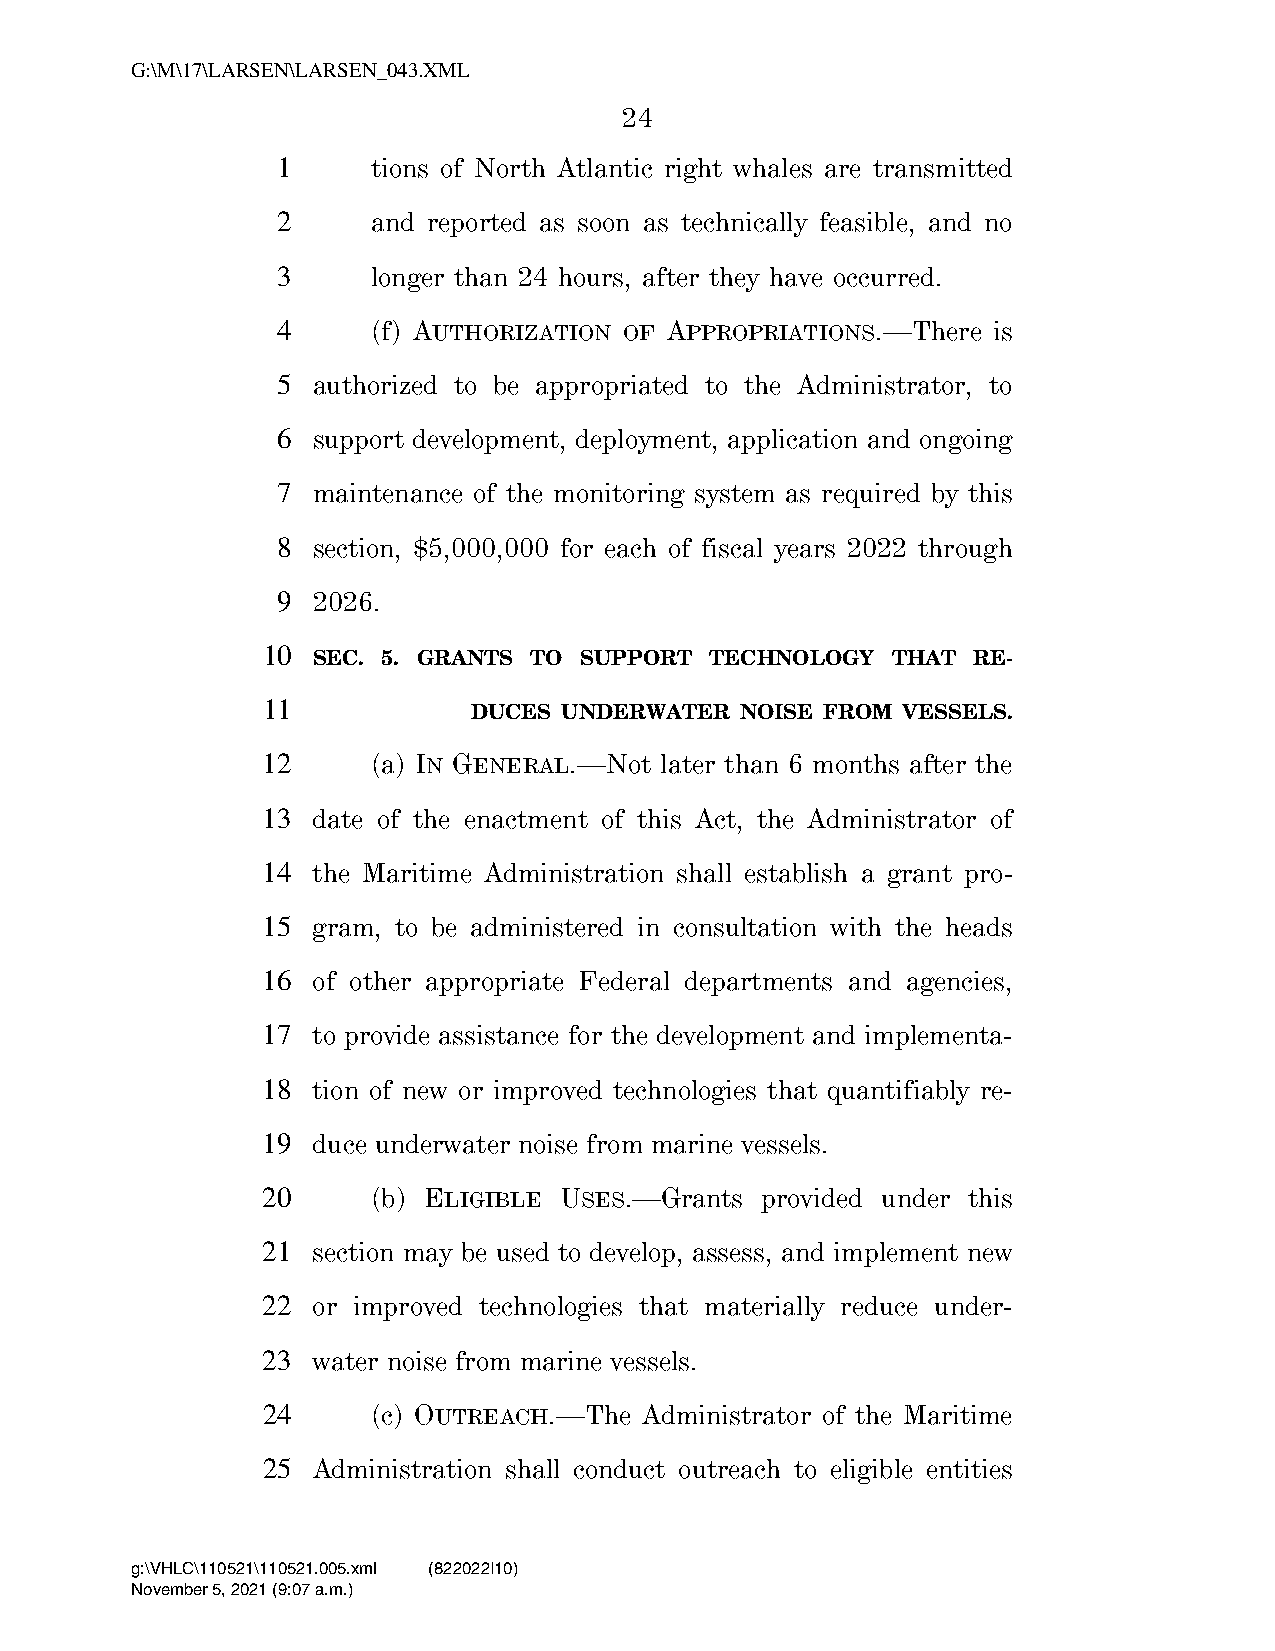
G:\M\17\LARSEN\LARSEN_043.XML
 24
 1      tions of North Atlantic right whales are transmitted
 2      and reported as soon as technically feasible, and no
 3      longer than 24 hours, after they have occurred.
 4      (f) AUTHORIZATION OF APPROPRIATIONS.—There is
 5  authorized to be appropriated to the Administrator, to
 6  support development, deployment, application and ongoing
 7  maintenance of the monitoring system as required by this
 8  section, $5,000,000 for each of fiscal years 2022 through
 9  2026.
 10
 SEC. 5. GRANTS TO SUPPORT TECHNOLOGY  THAT RE-
 11
 DUCES UNDERWATER  NOISE FROM VESSELS.
 12      (a) IN GENERAL.—Not later than 6 months after the
 13  date of the enactment of this Act, the Administrator of
 14  the Maritime Administration shall establish a grant pro-
 15  gram, to be administered in consultation with the heads
 16  of other appropriate Federal departments and agencies,
 17  to provide assistance for the development and implementa-
 18  tion of new or improved technologies that quantifiably re-
 19  duce underwater noise from marine vessels.
 20      (b) ELIGIBLE USES.—Grants provided under this
 21  section may be used to develop, assess, and implement new
 22  or improved technologies that materially reduce under-
 23  water noise from marine vessels.
 24      (c) OUTREACH.—The Administrator of the Maritime
 25  Administration shall conduct outreach to eligible entities
 g:\VHLC\110521\110521.005.xml (822022|10)
 November 5, 2021 (9:07 a.m.)
 VerDate Nov 24 2008 09:07 Nov 05, 2021 Jkt 000000 PO 00000 Frm 00024 Fmt 6652 Sfmt 6201 C:\USERS\BEWILSON\APPDATA\ROAMING\SOFTQUAD\XMETAL\11.0\GEN\C\LARSEN_0